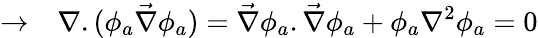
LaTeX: \rightarrow\ \ \ \nabla.(\phi_{a}\vec{\nabla}\phi_{a})=\vec{\nabla}\phi_{a}.\vec{\nabla}\phi_{a}+\phi_{a}\nabla^{2}\phi_{a}=0